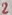
Text: 2